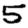
Digit: 5